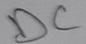
Text: DC